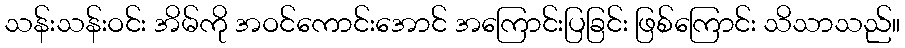
သန်းသန်းဝင်း အိမ်ကို အဝင်ကောင်းအောင် အကြောင်းပြခြင်း ဖြစ်ကြောင်း သိသာသည်။